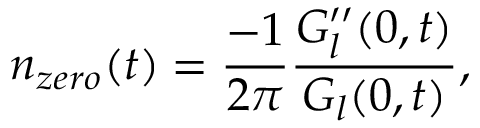
n _ { z e r o } ( t ) = \frac { - 1 } { 2 \pi } \frac { G _ { l } ^ { \prime \prime } ( 0 , t ) } { G _ { l } ( 0 , t ) } ,